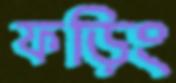
ফড়িং